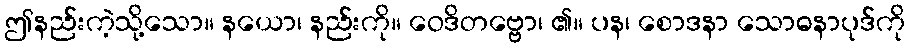
ဤနည်းကဲ့သို့သော။ နယော၊ နည်းကို။ ဝေဒိတဗ္ဗော၊ ၏။ ပန၊ စောဒနာ သောဓနာပုဒ်ကို